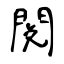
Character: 閲